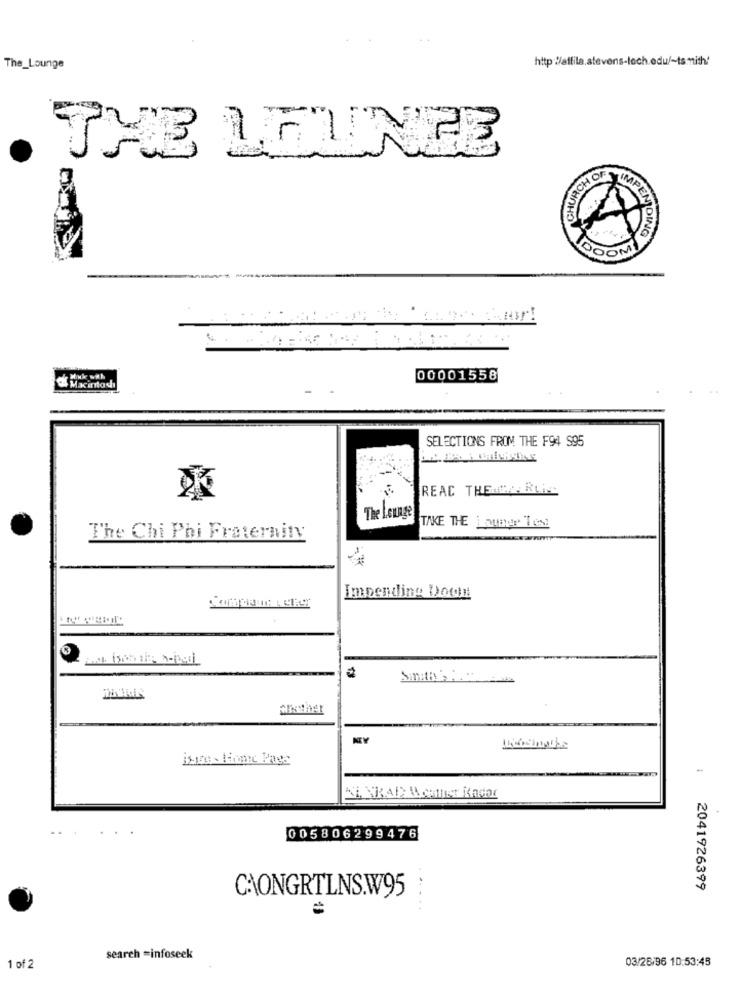
http:/affila.stevens-lech.edu/~ts.mith/
The_Lounge
THE LOUNGE
CHURCH OF
MPEN DING
. .
00001558
Macintosh
SELECTIONS FROM THE F94 $95
REAC THEACCA. RUC
The Lounge
TAKE THE Quase Les!
The Chi Phi Fraternity
Impending Doon
AIN
-
NL VRAI B .comIst Kadar
005806299476
2041926399
CHONGRTLNS.W95
. ..
search =infoseek
03/26/96 10:53:45
1 of 2